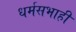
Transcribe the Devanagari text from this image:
धर्मसभाही